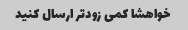
خواهشا کمی زودتر ارسال کنید